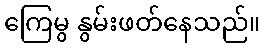
ကြေမွ နွမ်းဖတ်နေသည်။